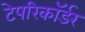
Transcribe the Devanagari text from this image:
टेपरिकॉर्डर